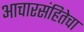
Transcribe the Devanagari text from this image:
आचारसंहितेचा